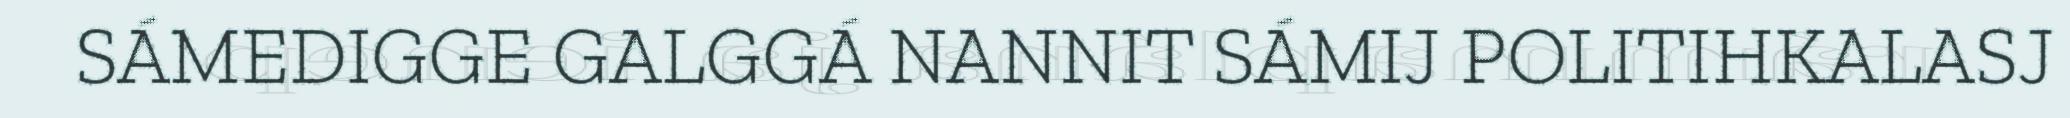
SÁMEDIGGE GALGGÁ NANNIT SÁMIJ POLITIHKALASJ